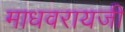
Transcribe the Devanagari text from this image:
माधवरायजी